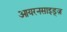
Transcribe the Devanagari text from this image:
आयरनसाइड्ज़